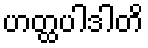
ဟတ္ထပါဒါတိ